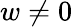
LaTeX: w\ne 0